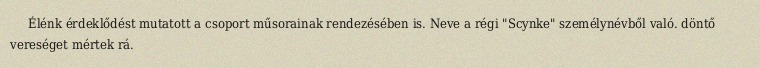
Élénk érdeklődést mutatott a csoport műsorainak rendezésében is. Neve a régi "Scynke" személynévből való. döntő vereséget mértek rá.